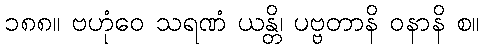
၁၈၈။ ဗဟုံဝေ သရဏံ ယန္တိ၊ ပဗ္ဗတာနိ ဝနာနိ စ။